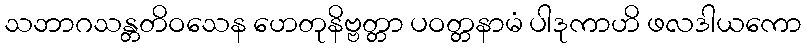
သဘာဂသန္တတိဝသေန ဟေတုနိဗ္ဗတ္တာ ပဝတ္တနာမံ ပါဒုကာဟိ ဖလဒါယကော